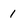
Character: 1